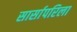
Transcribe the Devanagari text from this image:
सार्सापरिला